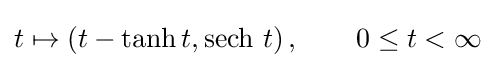
t\mapsto \left(t-\tanh t,\operatorname {sech} \,t\right),\quad \quad 0\leq t<\infty